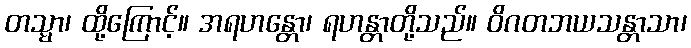
တသ္မာ၊ ထို့ကြောင့်။ အရဟန္တော၊ ရဟန္တာတို့သည်။ ဝိဂတဘယသန္တာသာ၊